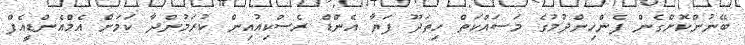
ބޭނުންކޮށްގެން ފެންހިންދުމުގެ މަސައްކަތް ހިތަދޫ ފަޔާ އެންޑް ރެސްކިއުއިން ކުރަމުންދާ ކަމަށް އެމްއެންޑީއެފް